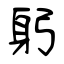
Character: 躬